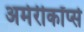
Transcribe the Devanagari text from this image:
अमेरीकॉर्प्स